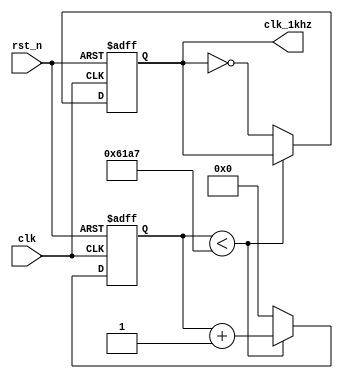
//
module freq(clk,rst_n,clk_1khz);

	input clk;  //50MHZ
	input rst_n;  //
	
	output reg clk_1khz;  //1KHZ
	
	reg [25:0] cnt;  //
	
	parameter cnt_num = 50_000_000 / 1000 / 2 - 1;  //0.5ms
	
	/***************/
	always @ (posedge clk or negedge rst_n)  //
	begin  //always
		if(!rst_n) //
			begin
				cnt <= 26'd0;  //
				clk_1khz <= 1'b0;  //
			end
		else
			begin
				if(cnt < cnt_num)  //0.5ms
				begin
					cnt <= cnt + 26'd1;  //
				end
				else             //0.5ms
				begin
					cnt <= 26'd0;  //
					clk_1khz <= ~clk_1khz;  //0.5ms0.5ms
				end
			end
	end
	
	
	
endmodule